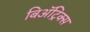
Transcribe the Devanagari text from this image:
बिॲट्रिक्स